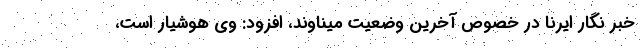
خبر نگار ایرنا در خصوص آخرین وضعیت میناوند، افزود: وی هوشیار است،